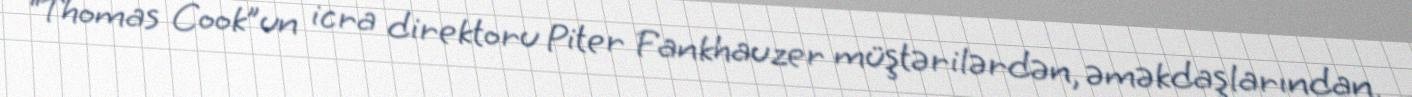
“Thomas Cook”un icra direktoru Piter Fankhauzer müştərilərdən, əməkdaşlarından,